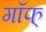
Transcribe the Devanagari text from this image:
गॉफ्